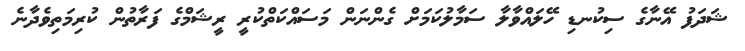
ޝަދަފު އޭނާގެ ސިކުނޑި ހޭލައްވާލާ ސަމާލުކަމަށް ގެންނަން މަސައްކަތްކުރީ ރީޝަމްގެ ފަރާތުން ކުރިމަތިވެދާނެ